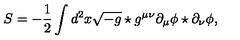
S = - \frac { 1 } { 2 } \int d ^ { 2 } x \sqrt { - g } \star g ^ { \mu \nu } \partial _ { \mu } \phi \star \partial _ { \nu } \phi ,